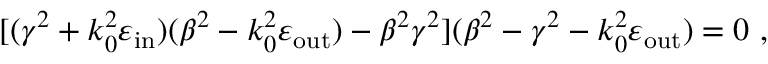
[ ( \gamma ^ { 2 } + k _ { 0 } ^ { 2 } \varepsilon _ { \mathrm { i n } } ) ( \beta ^ { 2 } - k _ { 0 } ^ { 2 } \varepsilon _ { \mathrm { o u t } } ) - \beta ^ { 2 } \gamma ^ { 2 } ] ( \beta ^ { 2 } - \gamma ^ { 2 } - k _ { 0 } ^ { 2 } \varepsilon _ { \mathrm { o u t } } ) = 0 \ ,